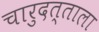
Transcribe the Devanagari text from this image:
चारुदत्ताला